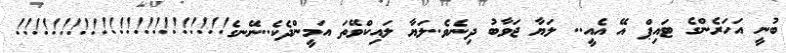
ބުނީ އަހަރެންގެ ޓައިޕް އޭ އެއީ.. ލަޔާ ޖަވާބު ދިނެވެ..ލަޔާ ލައިކްވޭތަ އަމީންދެކެ..ނޭނގެ!!!!!!!!!!!!!!!!!!!!!!!